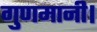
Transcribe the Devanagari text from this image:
गुणमानी।